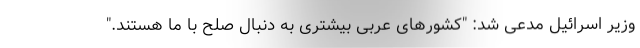
وزیر اسرائیل مدعی شد: "کشورهای عربی بیشتری به دنبال صلح با ما هستند."